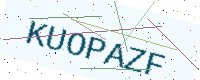
Text: KUOPAZF